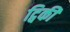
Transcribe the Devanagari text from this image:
ट्विकी